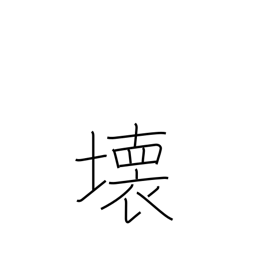
Meaning: demolition